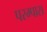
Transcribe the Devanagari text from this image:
परम्पास